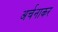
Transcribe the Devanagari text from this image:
अर्चनाकर